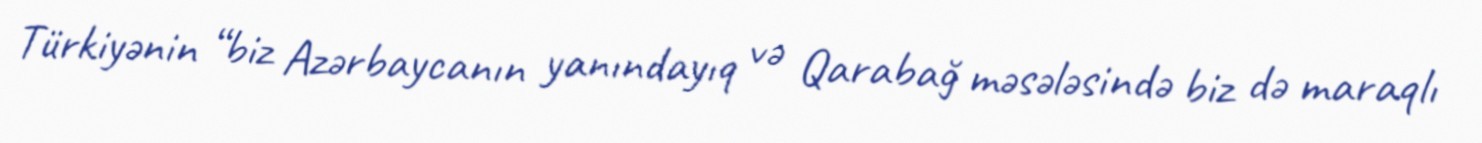
Türkiyənin “biz Azərbaycanın yanındayıq və Qarabağ məsələsində biz də maraqlı